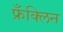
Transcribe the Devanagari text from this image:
फ्रँक्लिन